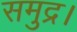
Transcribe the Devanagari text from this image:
समुद्र।